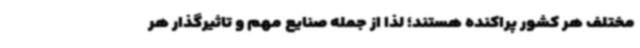
مختلف هر کشور پراکنده هستند؛ لذا از جمله صنایع مهم و تاثیرگذار هر